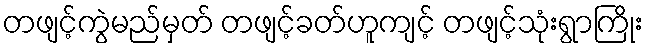
တဖျင့်ကွဲမည်မှတ် တဖျင့်ခတ်ဟူကျင့် တဖျင့်သုံးရွာကြိုး